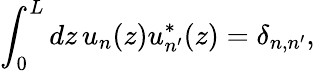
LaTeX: \int_{0}^{L}dz\, u_{n}(z)u_{n^{\prime}}^{*}(z)=\delta_{n,n^{\prime}},